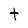
Character: t